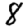
Digit: 8